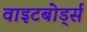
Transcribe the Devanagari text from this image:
वाइटबोर्ड्स